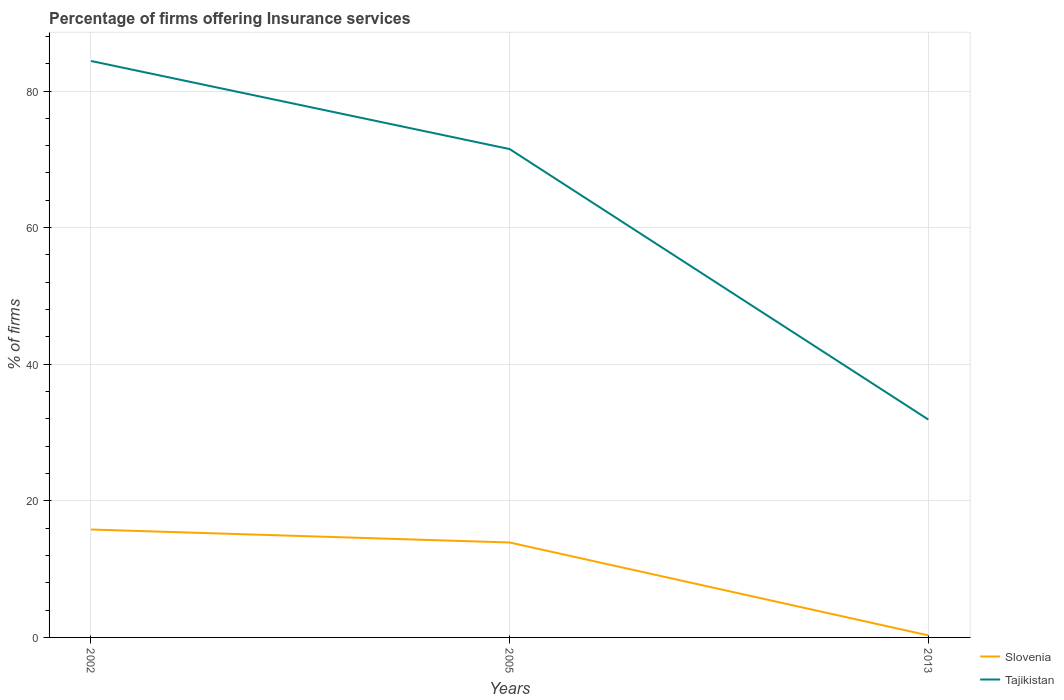
| Years | Slovenia | Tajikistan |
 | --- | --- | --- |
 | 2002 | 15.8 | 84.4 |
 | 2005 | 13.9 | 71.5 |
 | 2013 | 0.3 | 31.9 |